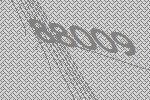
88009